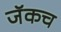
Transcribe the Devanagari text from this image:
जॅकच